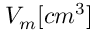
V _ { m } [ c m ^ { 3 } ]